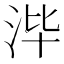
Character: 𰛡